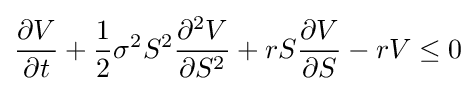
{\frac {\partial V}{\partial t}}+{\frac {1}{2}}\sigma ^{2}S^{2}{\frac {\partial ^{2}V}{\partial S^{2}}}+rS{\frac {\partial V}{\partial S}}-rV\leq 0